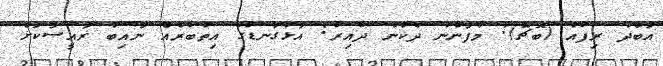
އަބްދު ރިފާއު (ބޮޗޭ): މާފަންނު ދެކުނު ދާއިރާ: އަޅުގަނޑުގެ އިތުބާރެއް ނައިބު ރައީސަކަށް